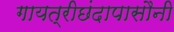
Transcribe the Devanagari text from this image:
गायत्रीछंदापासौनी